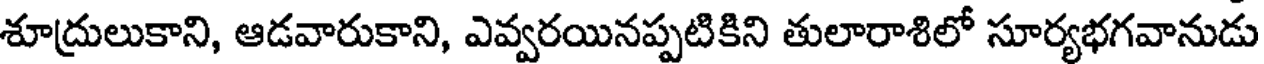
శూద్రులుకాని, ఆడవారుకాని, ఎవ్వరయినప్పటికిని తులారాశిలో సూర్యభగవానుడు